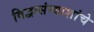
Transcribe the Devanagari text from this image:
विद्वत्संन्याशांचे